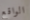
الواقع